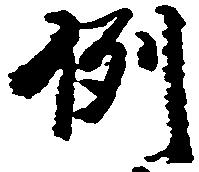
例